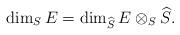
LaTeX: \begin{align*}\dim_S E = \dim_{\widehat{S}} E\otimes_S \widehat{S}.\end{align*}